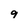
Character: g